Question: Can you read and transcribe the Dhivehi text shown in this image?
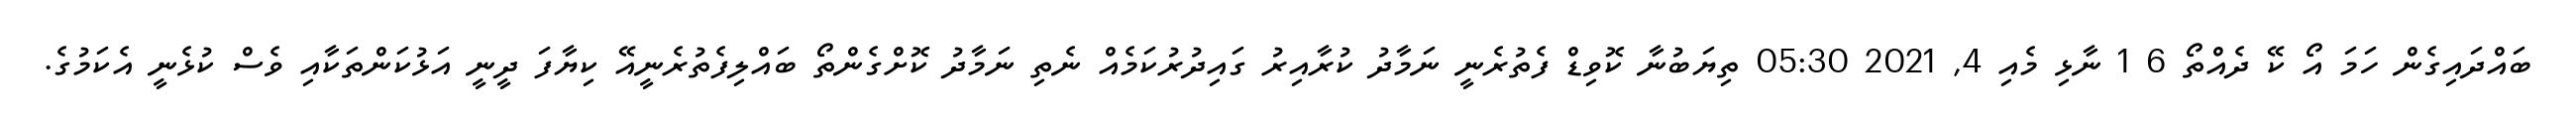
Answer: ބައްދައިގެން ހަމަ އޯ ކޭ ދެއްތޯ 6 1 ނާޅި މެއި 4, 2021 05:30 ތިޔަބުނާ ކޮވިޑް ފެތުރެނީ ނަމާދު ކުރާއިރު ގައިދުރުކަމެއް ނެތި ނަމާދު ކޮށްގެންތޯ ބައްލިފެތުރެނީއޭ ކިޔާފަ ދީނީ އަޅުކަންތަކާއި ވެސް ކުޅެނީ އެކަމުގެ.